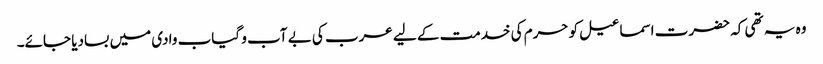
وہ یہ تھی کہ حضرت اسماعیل کو حرم کی خدمت کے لیے عرب کی بے آب و گیاب وادی میں بسادیا جائے۔